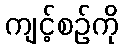
ကျင့်စဉ်ကို